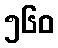
၅၆၀